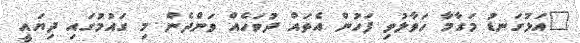
"އަޅުގަނޑު މަގާމާ ހަވާލުވި ފަހުން އެތައް ދުވަހެއް ވަންދެން މި ގައުމުގައި ދިޔައީ